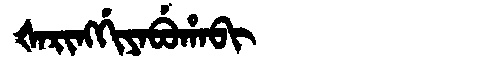
Manchu: ᡧᠠᡵᡳᠩᡤᡳᠶᠠᠪᡠᡥᠠᠪᡳ
Romanization: ŠARINGGIYABUHABI